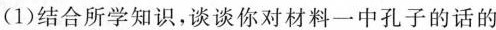
(1)结合所学知识，谈谈你对材料一中孔子的话的